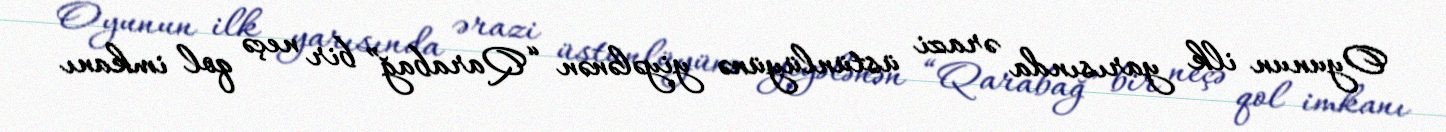
Oyunun ilk yarısında ərazi üstünlüyünə yiyələnən “Qarabağ” bir neçə qol imkanı